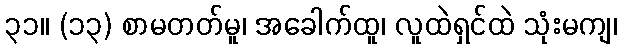
၃၁။ (၁၃) စာမတတ်မူ၊ အခေါက်ထူ၊ လူထဲရှင်ထဲ သုံးမကျ၊